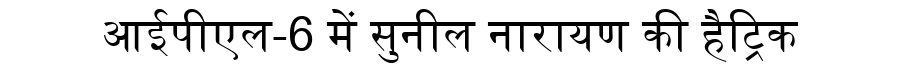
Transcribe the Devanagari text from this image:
आईपीएल-6 में सुनील नारायण की हैट्रिक